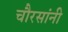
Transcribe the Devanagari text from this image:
चौरसांनी